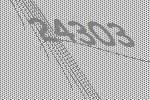
24303